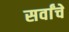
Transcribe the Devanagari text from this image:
सर्वांचें